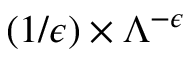
( 1 / \epsilon ) \times \Lambda ^ { - \epsilon }